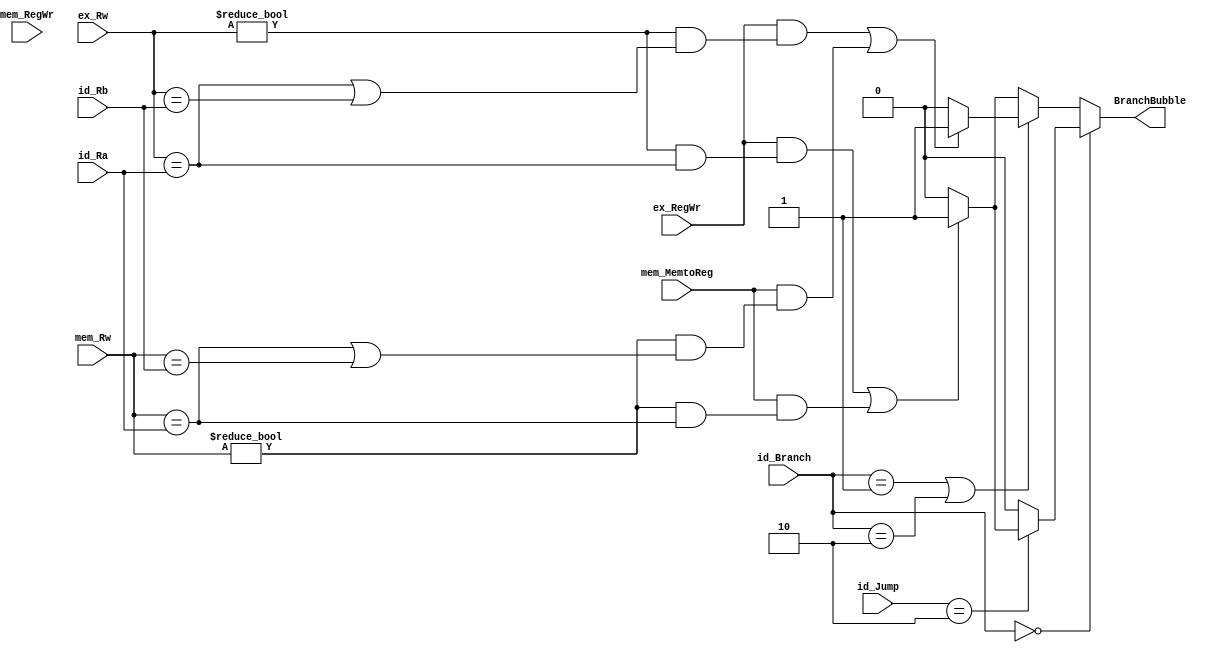
`timescale 1ns / 1ps
module BranchBubbleUnit(id_Ra, id_Rb, ex_RegWr, ex_Rw, mem_RegWr, 
                        mem_MemtoReg, mem_Rw, BranchBubble, id_Branch,id_Jump);
	input [4:0] id_Ra;
	input [4:0] id_Rb;
	input       ex_RegWr;
	input [4:0] ex_Rw;
	input       mem_RegWr;
	input       mem_MemtoReg;
	input [4:0] mem_Rw;
	input [2:0]	id_Branch;
	input [1:0] id_Jump;
	output reg  BranchBubble;

	initial begin
		BranchBubble = 0;
	end

	//*********branch & JR && JALR*******// Jump=2b10JRJALR
	//branch>0jump=0
	//jump=0branch=0
	always @(*) begin
		if (id_Branch == 3'b000) begin
			//************JR & JALR*************//
			if (id_Jump == 2'b10) begin
				//******************************//
				if (((ex_RegWr==1) && (ex_Rw != 0 && ex_Rw == id_Ra)) || 
				//******************lw**************//
				     ((mem_MemtoReg==1) && (mem_Rw!=0 && mem_Rw == id_Ra))) begin
				  	 BranchBubble <= 1;
				end else begin
				 	 BranchBubble <= 0; 	
				end 		
			end //end id_Jump
			else begin
				BranchBubble <= 0;
			end
		end else
		//***********BEQ & BNE ****************//
		if (id_Branch == 3'b001 || id_Branch == 3'b010) begin 
			//******************************//
			if (((ex_RegWr==1) && (ex_Rw != 0 && (ex_Rw == id_Ra || ex_Rw == id_Rb))) || 
			//******************lw**************//
			     ((mem_MemtoReg==1) && (mem_Rw!=0 && (mem_Rw == id_Ra || mem_Rw == id_Rb)))) begin 
			  	 BranchBubble <= 1;
			end else begin
			 	 BranchBubble <= 0; 	
			end 
		end else begin //BGEZ,BGTZ,BLEZ,BLTZ ,busB 
			//******************************//
			if (((ex_RegWr==1) && (ex_Rw != 0 && ex_Rw == id_Ra)) ||
			//******************lw**************//
			     ((mem_MemtoReg==1) && (mem_Rw!=0 && mem_Rw == id_Ra))) begin
			  	 BranchBubble <= 1;
			end else begin
			 	 BranchBubble <= 0; 	
			end 						
		end
	end
endmodule